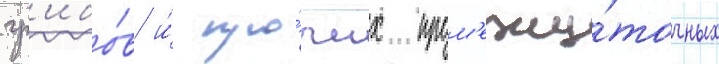
гр'ибо́в и́ про́чих пром'ежу́точных